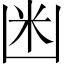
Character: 𱐍